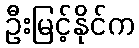
ဦးမြင့်နိုင်က